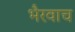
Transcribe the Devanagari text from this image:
भैरवाच